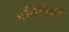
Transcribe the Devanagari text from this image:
अनिश्यित